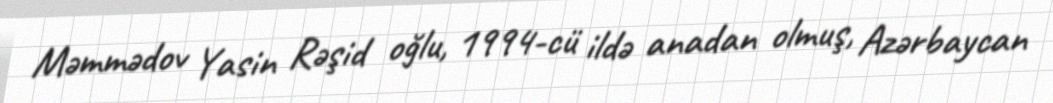
Məmmədov Yasin Rəşid oğlu, 1994-cü ildə anadan olmuş, Azərbaycan